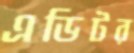
এডিটর